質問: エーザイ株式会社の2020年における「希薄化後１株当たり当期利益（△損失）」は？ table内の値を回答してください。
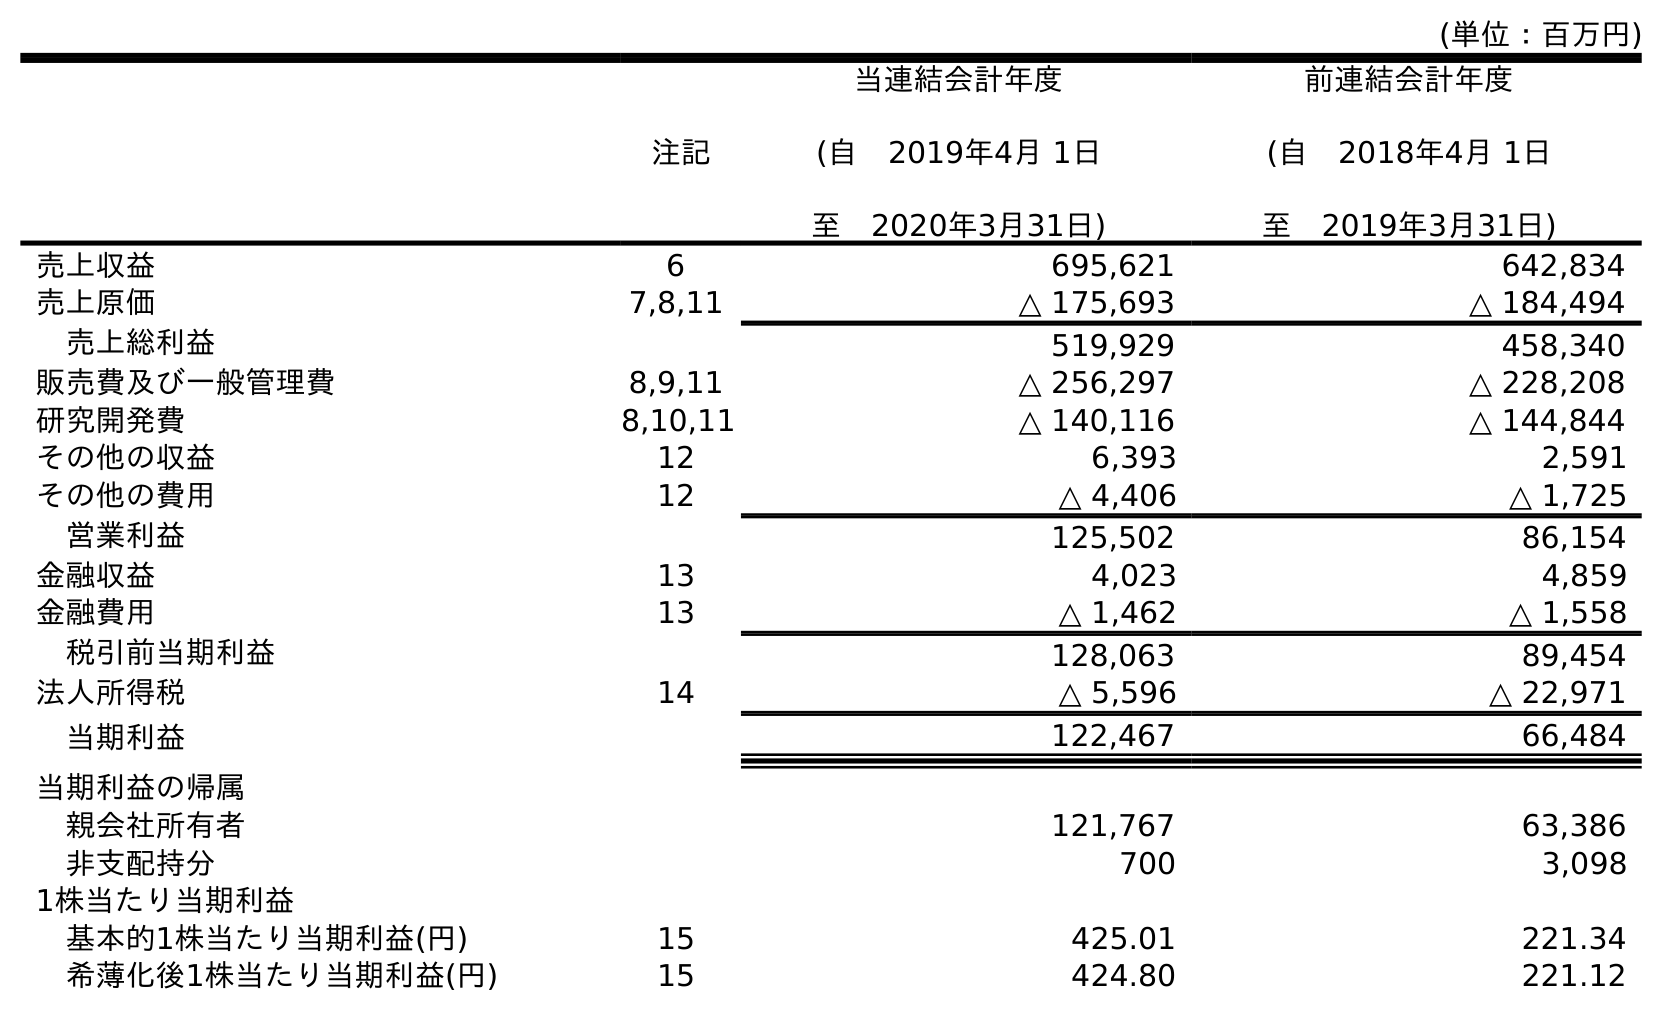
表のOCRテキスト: (単位：百万円) 注記 当連結会計年度 (自 2019年4月 1日 至 2020年3月31日) 前連結会計年度 (自 2018年4月 1日 至 2019年3月31日) 売上収益 6 695,621 642,834 売上原価 7,8,11 △ 175,693 △ 184,494 売上総利益 519,929 458,340 販売費及び一般管理費 8,9,11 △ 256,297 △ 228,208 研究開発費 8,10,11 △ 140,116 △ 144,844 その他の収益 12 6,393 2,591 その他の費用 12 △ 4,406 △ 1,725 営業利益 125,502 86,154 金融収益 13 4,023 4,859 金融費用 13 △ 1,462 △ 1,558 税引前当期利益 128,063 89,454 法人所得税 14 △ 5,596 △ 22,971 当期利益 122,467 66,484 当期利益の帰属 親会社所有者 121,767 63,386 非支配持分 700 3,098 1株当たり当期利益 基本的1株当たり当期利益(円) 15 425.01 221.34 希薄化後1株当たり当期利益(円) 15 424.80 221.12
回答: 424.80